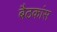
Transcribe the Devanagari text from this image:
बैठकांस